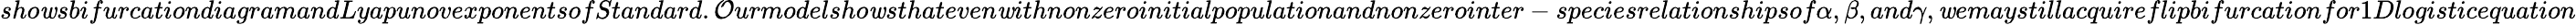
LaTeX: sho\mathit{w}sbifurcationdiagramandLyapunovexponentsofStandard.\mathcal{O}urmodelsho\mathit{w}sthateven\mathit{w}ithnonzeroinitialpopulationandnonzerointer-speciesrelationshipsof\alpha,\beta,and\gamma,\mathit{w}emaystillacquireflipbifurcationfor1Dlogisticequation